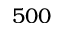
5 0 0